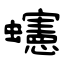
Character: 䘆